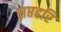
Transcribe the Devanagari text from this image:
सप्तहरि